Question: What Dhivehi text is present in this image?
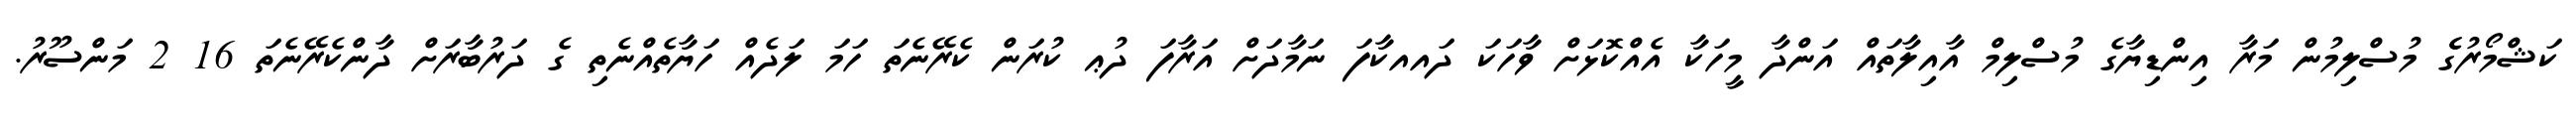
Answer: ކަޝްމޯރުގެެ މުސްލިމުން މަރާ އިންޑިޔާގެ މުސްލިމް އާއިލާތައް އަންދާ މީހަކާ އެއްކޮޅަށް ވާހަކަ ދައއކާފަ ނަމާދަށް އަރާފަ ދުޢ ކުރަން ކެރޭނެތަ ހަމަ ލަދެއް ހަޔާތެއްނެތި ގެ ދަރުބާރަށް ދާންކެރޭނެތަ 16 2 މަންސޫރު.